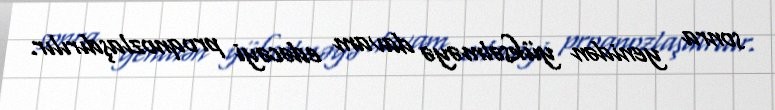
sonra yenidən yüksəlməyə davam edəcəyi proqnozlaşdırılır.